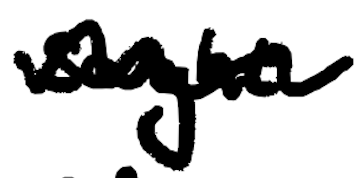
Text: sought
Cross-out: wave
Writing tool: digital_black